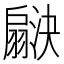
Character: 𬚇